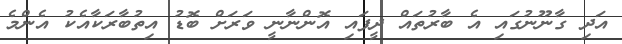
އަދި ގާނޫނުގައި އެ ބާރުތައް ދީފައި އޮންނާނީ ވަރަށް ބޮޑު އިތުބާރަކާއެކު އެންމެ